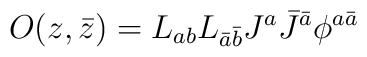
O(z,\bar z)=L_{ab}L_{\bar a\bar b}J^a\bar J^{\bar a}\phi^{a\bar a}